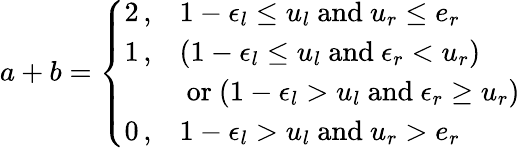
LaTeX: a+b=\left\{ \begin{array}{ll}{2\, ,}&{1-\epsilon_{l}\leq u_{l}\mathrm{~and~}u_{r}\leq e_{r}}\\ {1\, ,}&{(1-\epsilon_{l}\leq u_{l}\mathrm{~and~}\epsilon_{r}<u_{r})}\\ {~}&{\mathrm{~or~}(1-\epsilon_{l}>u_{l}\mathrm{~and~}\epsilon_{r}\geq u_{r})}\\ {0\, ,}&{1-\epsilon_{l}>u_{l}\mathrm{~and~}u_{r}>e_{r}}\end{array}\right.